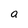
Character: a